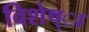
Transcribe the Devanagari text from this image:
विशेष्ा